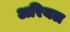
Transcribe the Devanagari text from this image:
अरियल